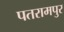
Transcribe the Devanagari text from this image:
पतरामपुर